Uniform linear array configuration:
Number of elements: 4
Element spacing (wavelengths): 0.25
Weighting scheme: blackman
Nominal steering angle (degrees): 15
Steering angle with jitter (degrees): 13.556
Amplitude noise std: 0.05
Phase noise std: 0.05

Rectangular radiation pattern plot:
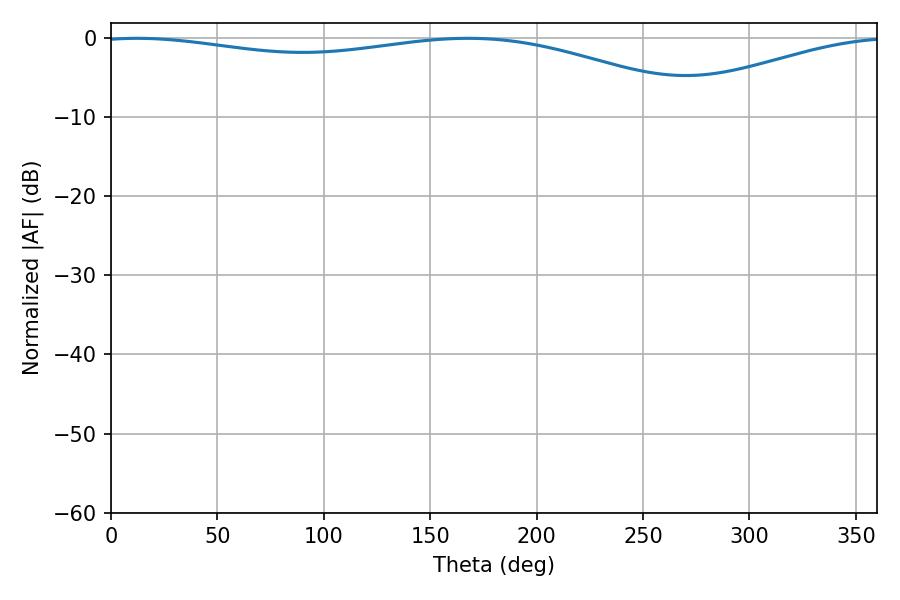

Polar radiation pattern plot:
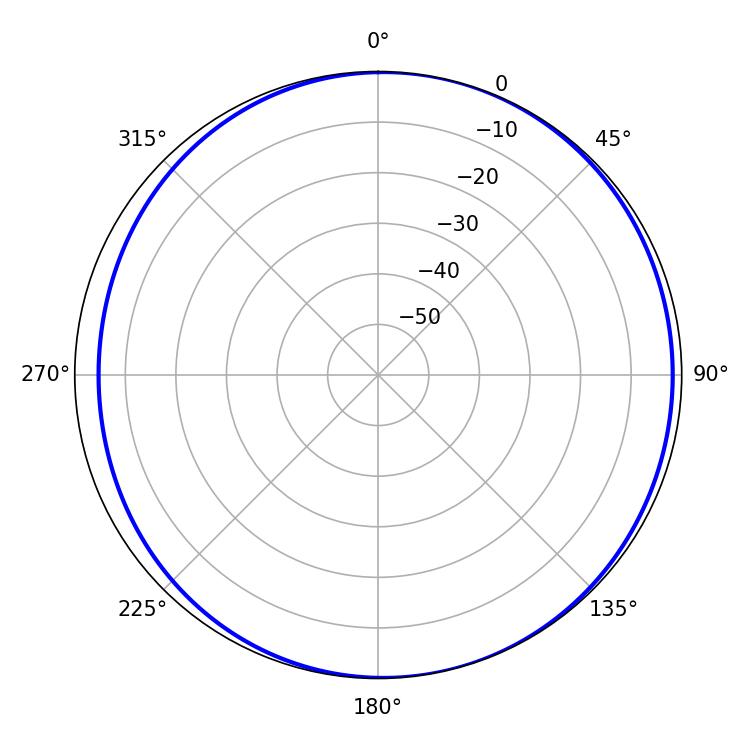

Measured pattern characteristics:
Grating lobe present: FALSE
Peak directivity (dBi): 5.381
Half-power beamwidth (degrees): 232.02
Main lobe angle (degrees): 12.24